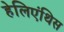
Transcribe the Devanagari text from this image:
हेलिएंथिस